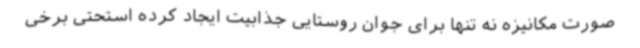
صورت مکانیزه نه تنها برای جوان روستایی جذابیت ایجاد کرده استحتی برخی